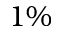
1 \%